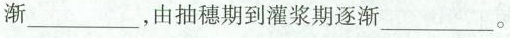
渐___，由抽穗期到灌浆期逐渐___。